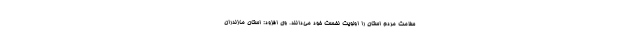
سلامت مردم استان را اولویت نخست خود می‌دانند. وی افزود: استان مازندران